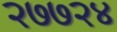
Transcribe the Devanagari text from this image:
२७७२४